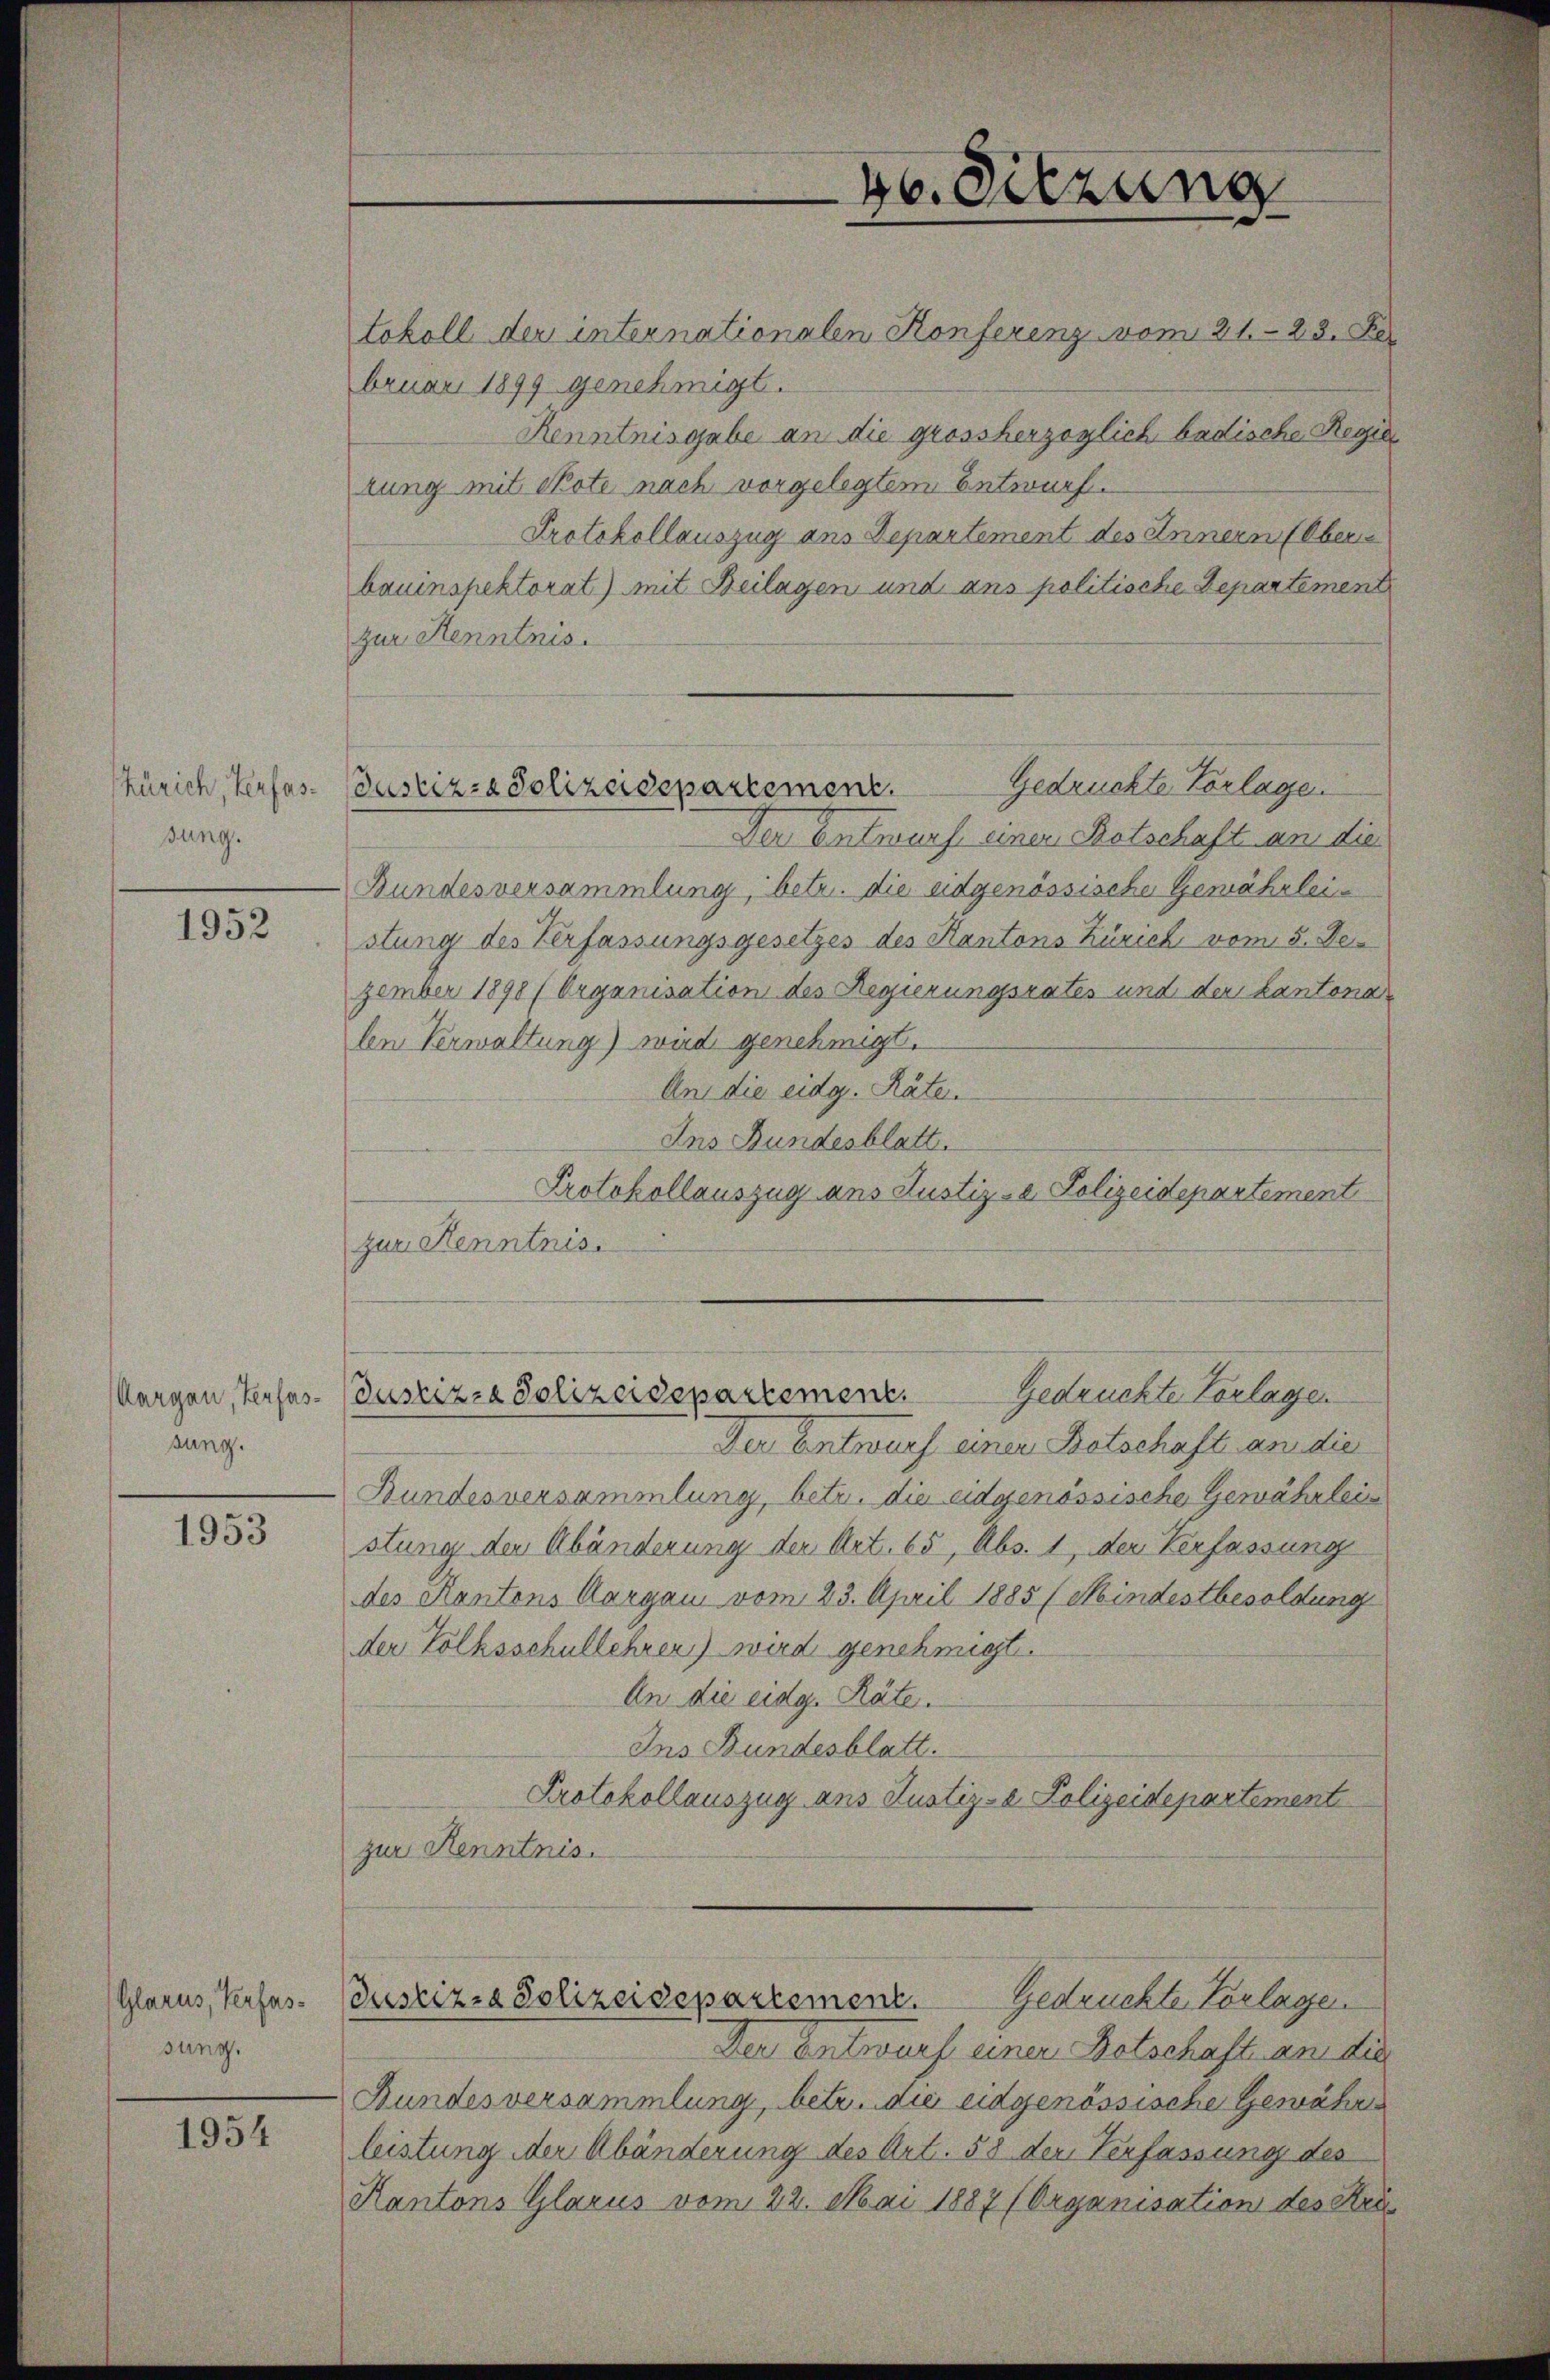
sung.

1952

Aargau, Verfassung.

1953

Glarus, Verfassung.

1954

tokoll der internationalen Konferenz vom 21. 23. Fe
bruar 1899 genehmigt.
Renntnisgabe an die grossherzoglich badische Regie
rung mit Note nach vorgelegtem Entwurf.
Protokollauszug aus Departement des Innern (Ober
bauinspektorat) mit Beilagen und ans politische Departement
zur Kenntnis.
Gedrückte Vorlage.
Der Entwurf einen Kotschaft an die
Bundesversammlung, betr. die eidgenössische Gewährleistung des Verfassungsgesetzes des Kantons Zürich vom 5. Dezember 1890 (Organisation des Regierungsrates und der Kantonaln Verwaltung) wird genehmigt.
An die eidg. Räte.
Ins Bundesblatt.
Protokollauszug aus Justiz- & Polizeidepartement
zur Kenntnis.
Gedruckte Vorlagen
Justiz- & Polizeidepartement.
Der Entwurf einer Botschaft an die
Bundesversammlung, betr. die eidgenössische Gewährleis
stung der Abänderung der Art. 65, Abs. 1, der Verfassung
des Kantons Aargau vom 23. April 1885 (Mindestbesoldung
der Volksschullehren) wird genehmigt.
An die eidg. Räte.
Ins Bundesblatt.
Protokollauszug aus Justiz- & Polizeidepartement
zur Kenntnis.
Gedruckte Vorlagen
Justiz- & Polizeidepartement.
Der Entwurf einer Botschaft an die
Bundesversammlung, betr. die eidgenössische Gewähre
leistung der Abänderung des Art. 58 der Verfassung des
Kantons Glarus vom 22. Mai 1887 (Organisation des Uri¬

Zürich, Verfas- Justiz- & Polizeidepartement.

46. Sitzung